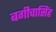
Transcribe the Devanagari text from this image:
बगीचासिंह